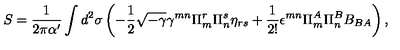
S = \frac { 1 } { 2 \pi \alpha ^ { \prime } } \int d ^ { 2 } \sigma \left( - \frac { 1 } { 2 } \sqrt { - \gamma } \gamma ^ { m n } \Pi _ { m } ^ { r } \Pi _ { n } ^ { s } \eta _ { r s } + \frac { 1 } { 2 ! } \epsilon ^ { m n } \Pi _ { m } ^ { A } \Pi _ { n } ^ { B } B _ { B A } \right) ,